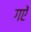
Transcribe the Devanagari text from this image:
गऐं